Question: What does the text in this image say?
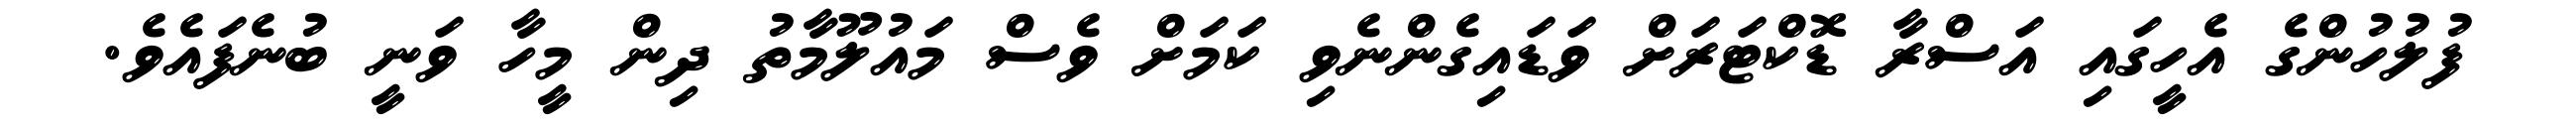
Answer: ފުލުހުންގެ އެހީގައި އަސްރާ ޑޮކްޓަރަށް ވަޑައިގެންނެވި ކަމަށް ވެސް މައުލޫމާތު ދިން މީހާ ވަނީ ބުނެފައެވެ.